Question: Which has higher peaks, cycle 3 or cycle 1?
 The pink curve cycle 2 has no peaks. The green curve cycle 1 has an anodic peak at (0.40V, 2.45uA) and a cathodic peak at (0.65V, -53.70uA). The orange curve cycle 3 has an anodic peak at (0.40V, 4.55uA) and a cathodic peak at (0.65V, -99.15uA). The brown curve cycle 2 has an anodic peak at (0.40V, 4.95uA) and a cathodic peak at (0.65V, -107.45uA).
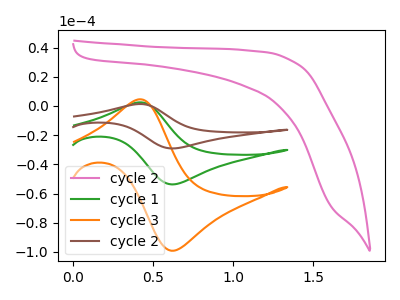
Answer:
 <answer>Every peak in "cycle 3" is higher than every peak in "cycle 1".</answer>
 <eval>higher</eval>